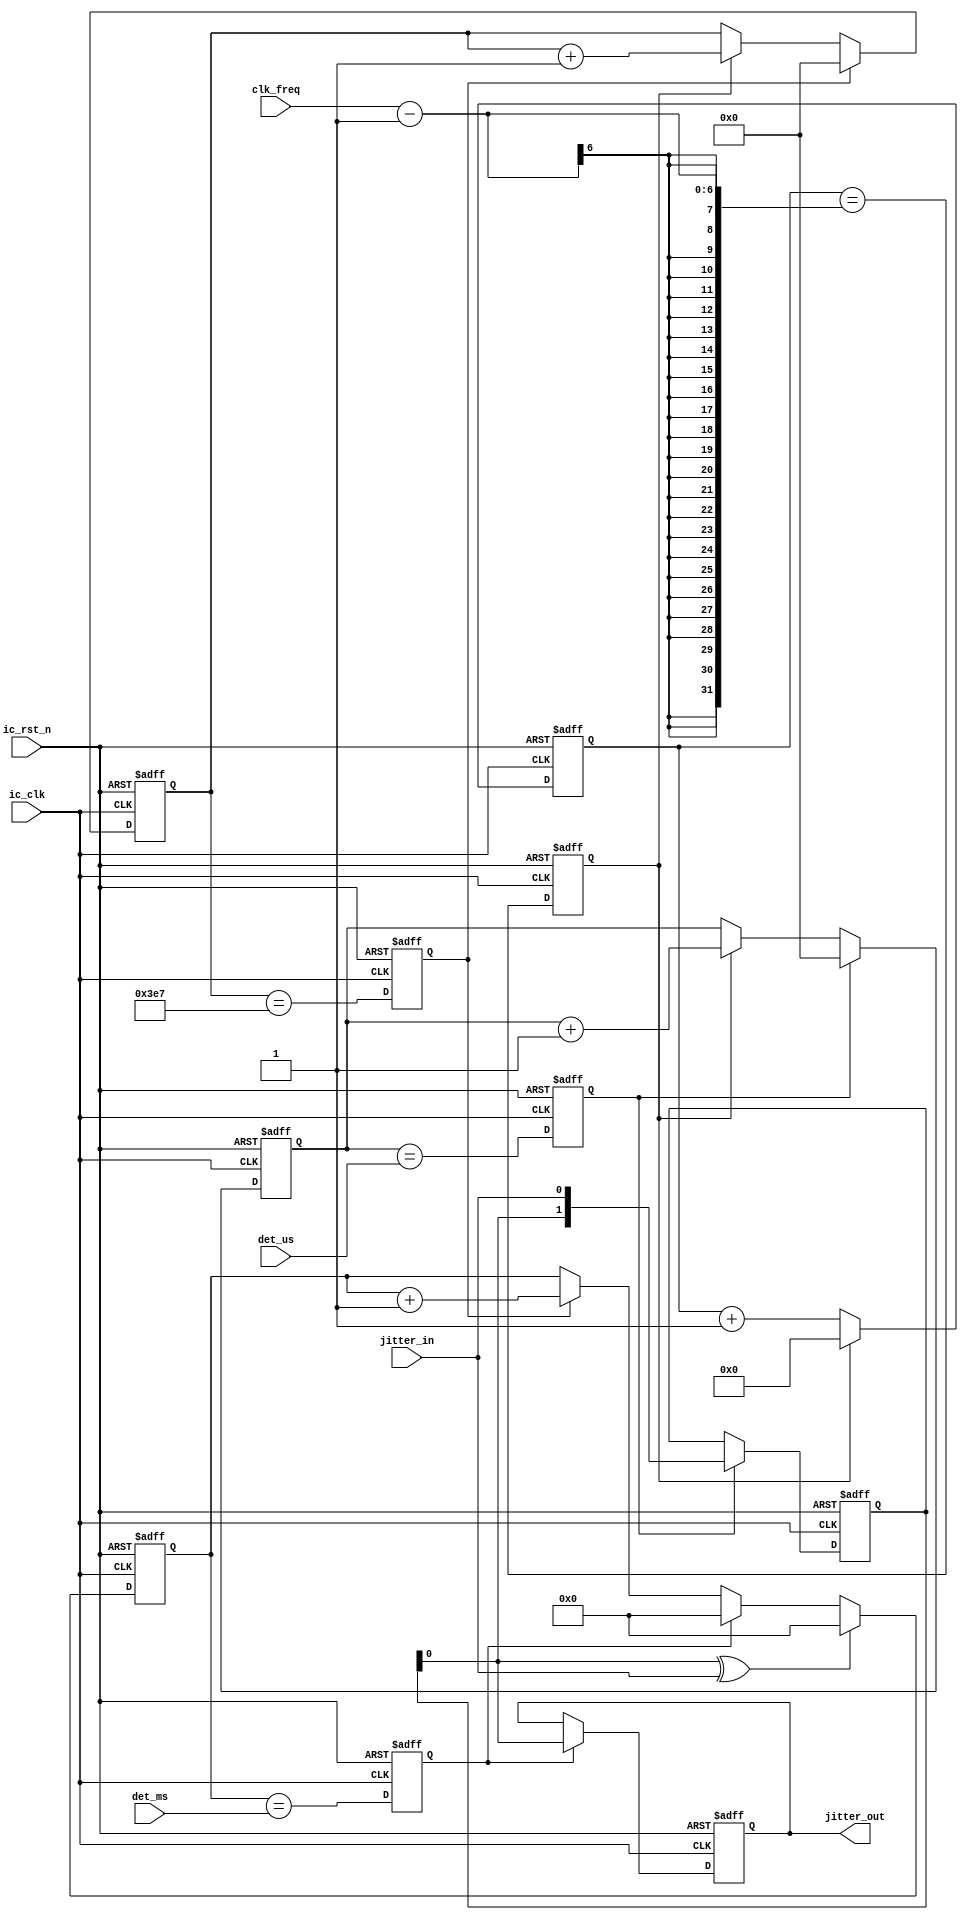
module apb_ucpd_jitter (
  input            ic_clk    , // peripherial clock
  input            ic_rst_n  , // ic reset signal active low
  input      [5:0] clk_freq  , // Peripheral clock frequency
  input      [9:0] det_us    , // 1us the most small
  input      [4:0] det_ms    , // 1ms the most small
  input            jitter_in ,
  output reg       jitter_out
);

  localparam MS_CNT_MAX = 999;

  reg [1:0] jitter_in_r   ;
  reg [5:0] us_counter    ;
  reg [9:0] ms_counter    ;
  reg [9:0] us_det_counter;
  reg [4:0] ms_det_counter;
  reg       us_tick       ;
  reg       ms_tick       ;
  reg       ms_jitter     ;
  reg       us_jitter     ;

  assign ms_tick_nxt   = (ms_counter == MS_CNT_MAX);
  assign us_tick_nxt   = (us_counter == clk_freq-1);
  assign ms_jitter_nxt = (ms_det_counter == det_ms);
  assign us_jitter_nxt = (us_det_counter == det_us);

  /*------------------------------------------------------------------------------
  --  check input pin have change
  ------------------------------------------------------------------------------*/
  assign jitter = jitter_in_r[0]^jitter_in;

  /*------------------------------------------------------------------------------
  --  comb logic to sequ
  ------------------------------------------------------------------------------*/
  always @(posedge ic_clk or negedge ic_rst_n)
    begin
      if(ic_rst_n == 1'b0) begin
        us_tick   <= 1'b0;
        ms_tick   <= 1'b0;
        us_jitter <= 1'b0;
        ms_jitter <= 1'b0;
      end
      else begin
        us_tick   <= us_tick_nxt;
        ms_tick   <= ms_tick_nxt;
        us_jitter <= us_jitter_nxt;
        ms_jitter <= ms_jitter_nxt;
      end
    end

  /*------------------------------------------------------------------------------
  --  1us counter
  ------------------------------------------------------------------------------*/
  always @(posedge ic_clk or negedge ic_rst_n)
    begin : us_counter_proc
      if(ic_rst_n == 1'b0)
        us_counter <= 6'd0;
      else if(us_tick)
        us_counter <= 6'd0;
      else
        us_counter <= us_counter + 1;
    end

  /*------------------------------------------------------------------------------
  --  1ms counter
  ------------------------------------------------------------------------------*/
  always @(posedge ic_clk or negedge ic_rst_n)
    begin : ms_counter_proc
      if(ic_rst_n == 1'b0)
        ms_counter <= 10'd0;
      else if(ms_tick)
        ms_counter <= 10'd0;
      else if(us_tick)
        ms_counter <= ms_counter + 1;
    end

  /*------------------------------------------------------------------------------
  --
  ------------------------------------------------------------------------------*/
  always @(posedge ic_clk or negedge ic_rst_n)
    begin : jitter_in_r_proc
      if(ic_rst_n == 1'b0)
        jitter_in_r <= 2'b0;
      else if(us_jitter)
        jitter_in_r <= {jitter_in_r[0], jitter_in};
    end

  /*------------------------------------------------------------------------------
  --  delay sw input det_us dectect time
  ------------------------------------------------------------------------------*/
  always @(posedge ic_clk or negedge ic_rst_n)
    begin : us_det_counter_proc
      if(ic_rst_n == 1'b0)
        us_det_counter <= 10'd0;
      else if(us_jitter)
        us_det_counter <= 10'd0;
      else if(us_tick)
        us_det_counter <= us_det_counter + 1;
    end

  /*------------------------------------------------------------------------------
  --  delay sw input det_ms dectect time
  ------------------------------------------------------------------------------*/
  always @(posedge ic_clk or negedge ic_rst_n)
    begin : ms_det_counter_proc
      if(ic_rst_n == 1'b0)
        ms_det_counter <= 5'd0;
      else if(jitter)
        ms_det_counter <= 5'd0;
      else if(ms_jitter)
        ms_det_counter <= 5'd0;
      else if(ms_tick)
        ms_det_counter <= ms_det_counter + 1;
    end

  /*------------------------------------------------------------------------------
  --  output
  ------------------------------------------------------------------------------*/
  always @(posedge ic_clk or negedge ic_rst_n)
    begin : jitter_out_proc
      if(ic_rst_n == 1'b0)
        jitter_out <= 1'b0;
      else if(ms_jitter)
        jitter_out <= jitter_in_r[0];
    end

endmodule // apb_ucpd_jitter